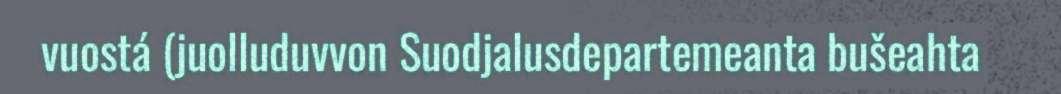
vuostá (juolluduvvon Suodjalusdepartemeanta bušeahta